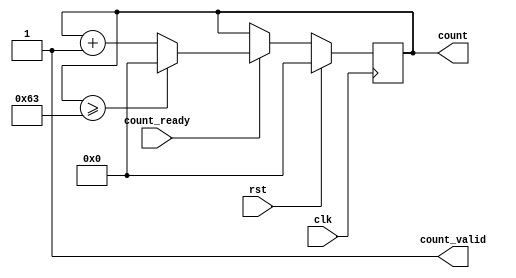
module counter #(
    parameter WIDTH = 10,
              MAX_VALUE = 100
) (
    input clk,
    input rst,
    output [WIDTH-1:0] count,
    output             count_valid,
    input              count_ready
);

    reg [WIDTH-1:0] count_buffer;

    always @ (posedge clk) begin
        if (rst) begin
            count_buffer <= 0;
        end
        else count_buffer <= count_ready 
            ? count_buffer >= MAX_VALUE - 1 
                ? 0 
                : count_buffer + 1 
            : count_buffer;
    end

    ////////////////////////////////////////////////////////////////////////////////////////////////////
    // Outputs
    ////////////////////////////////////////////////////////////////////////////////////////////////////
    assign count = count_buffer;
    assign count_valid = 1'b1;

endmodule